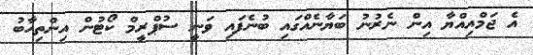
އެ ޖަމްއިއްޔާ އިން ނެރުނު ބަޔާނެއްގައި ބުނެފައި ވަނީ ސުޕްރީމް ކޯޓުން އިންތިހާބު